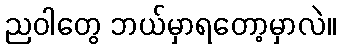
ညဝါတွေ ဘယ်မှာရတော့မှာလဲ။